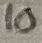
Text: 10